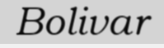
Bolivar